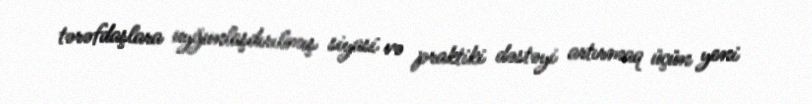
tərəfdaşlara uyğunlaşdırılmış siyasi və praktiki dəstəyi artırmaq üçün yeni